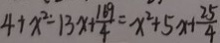
4 + x ^ { 2 } - 1 3 x + \frac { 1 6 9 } { 4 } = x ^ { 2 } + 5 x + \frac { 2 5 } { 4 }